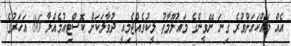
އެއް ލައްކައަށްވުރެ ގިނަ ނޭވީންގެ މައުލޫމާތު ލީކުވެއްޖެމިއީ ދުވާލަކަށް ކޮސްޓިއުމެއްލާ 86 އަހަރުގެ